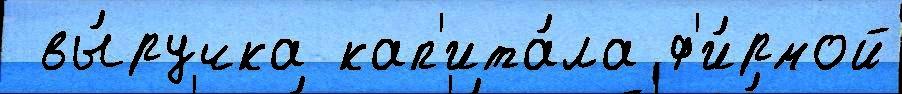
 вы́ручка кап'ита́ла ф'и́рмой